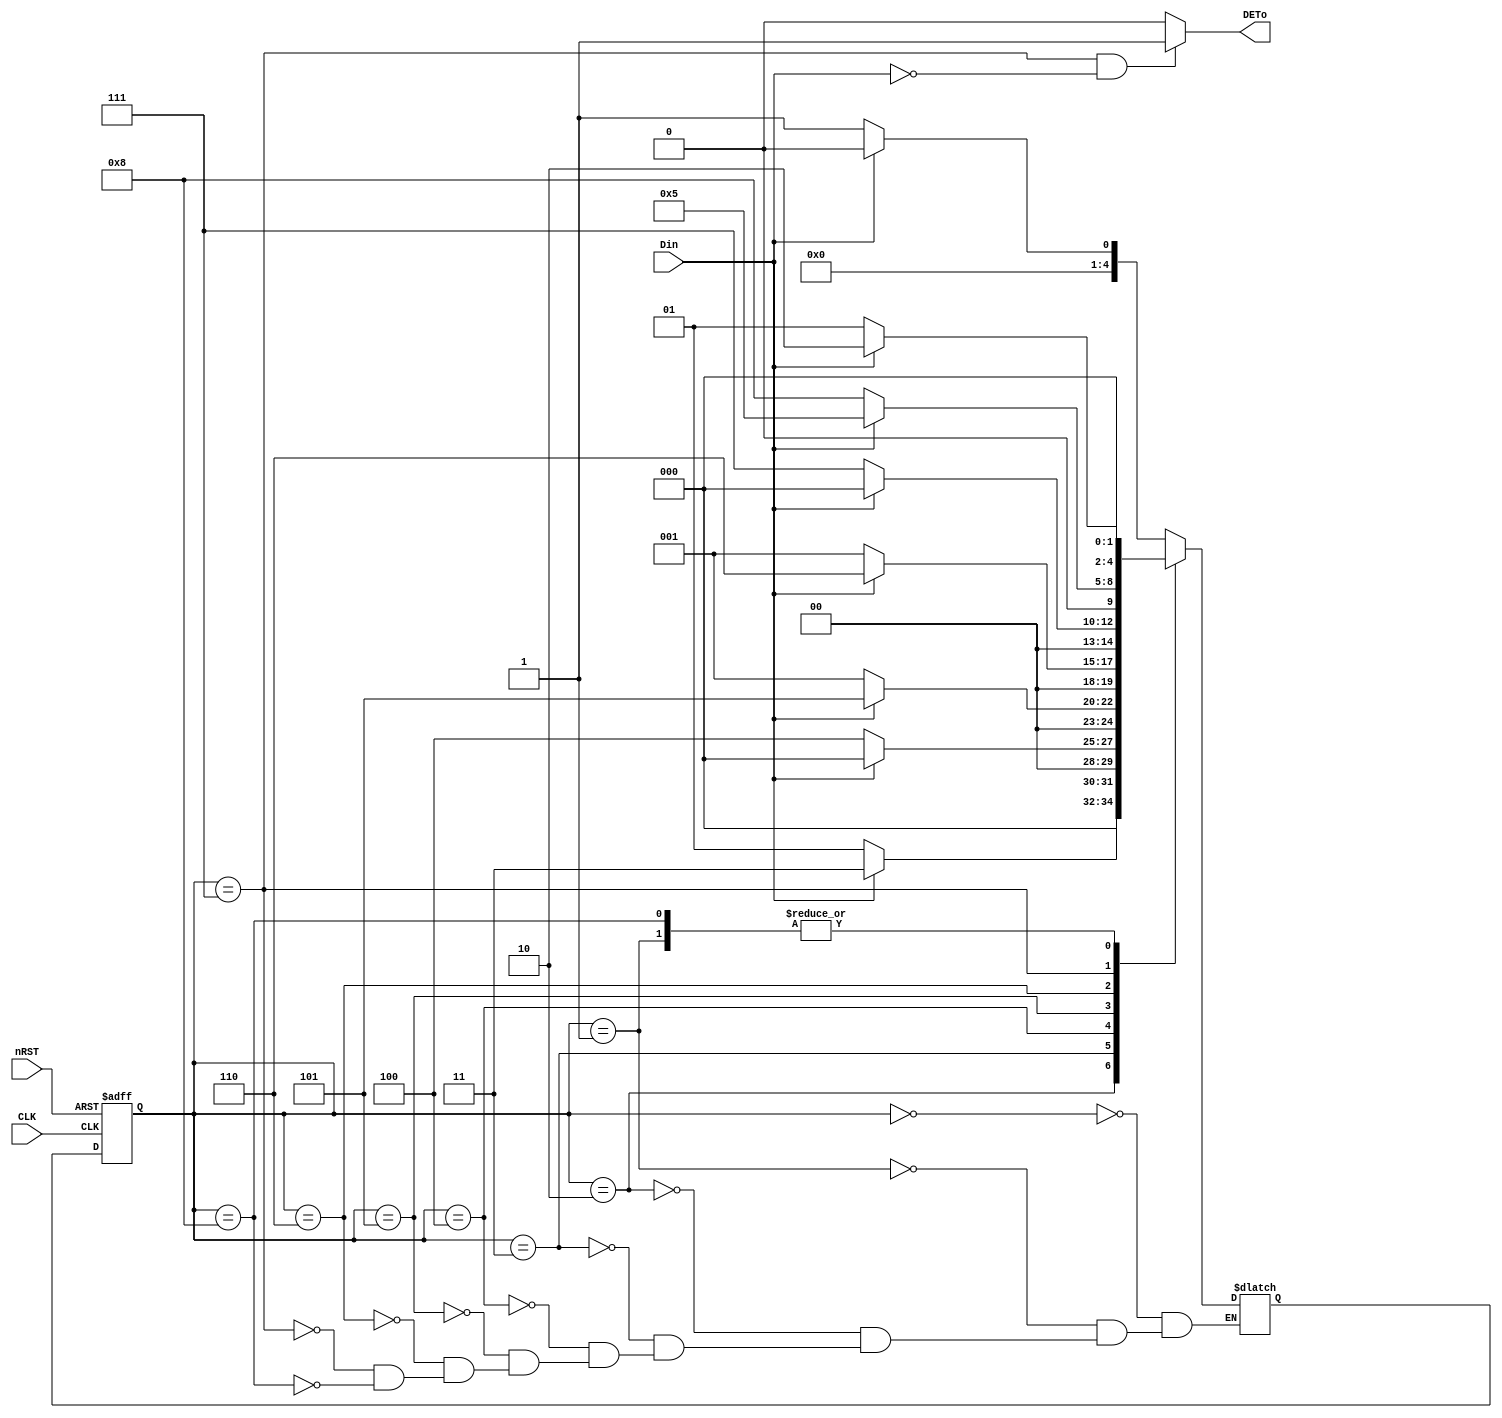
module PATTERN_DET (nRST, CLK, Din, DETo);
    input nRST, CLK, Din;
    output DETo;
/*
 :
     1,  0  2  
18010697 -> 01101100
3bit  ..

Reference : 11   
*/

    reg [4:0] state_reg, next_state;

    parameter 	start 	= 4'b0000,
                ST1		= 4'b0001,
                ST2		= 4'b0010,
                ST3		= 4'b0011,
                ST4     = 4'b0100,
                ST5     = 4'b0101,
                ST6     = 4'b0110,
                ST7     = 4'b0111,
                ST8     = 4'b1000;

    assign DETo = (state_reg == ST7 && Din == 0) ? 1:0;

    always @(posedge CLK, negedge nRST) begin
        if(!nRST) begin
            state_reg <= start;
        end
        else begin
            state_reg <= next_state;
        end
    end
    // 01101100


    always @( * ) begin
        case(state_reg)
            start:
                if(Din==0)			next_state <= ST1;
                else if(Din==1)		next_state <= start;
                else				next_state <= start;
            ST1: // 0
                if(Din==0)			next_state <= ST1;//00
                else if(Din == 1)	next_state <= ST2;//01
                else				next_state <= start;
            ST2: // 01
                if(Din==0)			next_state <= ST1; //010
                else if(Din == 1)	next_state <= ST3; //011
                else 				next_state <= start;
            ST3: // 011
                if(Din==0)			next_state <= ST4; // 0110
                else if(Din==1)		next_state <= start;//0111
                else					next_state <= start;
            ST4: // 0110
                if(Din==0)			next_state <= ST1; // 01100
                else if(Din==1)		next_state <= ST5; // 01101
                else					next_state <= start;
            ST5: // 01101
                if(Din==0)			next_state <= ST1; // 011010
                else if(Din==1)		next_state <= ST6; // 011011
                else					next_state <= start;
            ST6: // 011011
                if(Din==0)			next_state <= ST7; // 0110110
                else if(Din==1)		next_state <= start; //0110111
                else					next_state <= start;
            ST7: // 0110110
                if(Din==0)			next_state <= ST8; // 01101100
                else if(Din==1)		next_state <= ST5; // 01101101
                else					next_state <= start;
            ST8: // 01101100
                if(Din==0)			next_state <= ST1; // 011011000
                else if(Din==1)		next_state <= ST2; // 011011001
                else				next_state <= start;
        endcase
    end
endmodule //